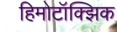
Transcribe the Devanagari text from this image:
हिमोटॉक्झिक